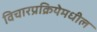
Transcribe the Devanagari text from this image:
विचारप्रक्रियेमधील